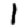
Digit: 1